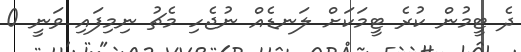
ދެ ޓީމުން ކުރެ ޓީމަކަށް ލަނޑެއް ނުޖެހި މެޗު ނިމިފައި ވަނީ 0